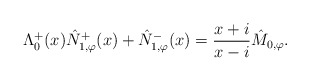
\begin{align*}\Lambda^{+}_{0}(x) \hat{N}_{1,\varphi}^{+}(x) + \hat{N}_{1,\varphi}^{-}(x) = \frac{x + i}{x - i} \hat{M}_{0,\varphi}.\end{align*}